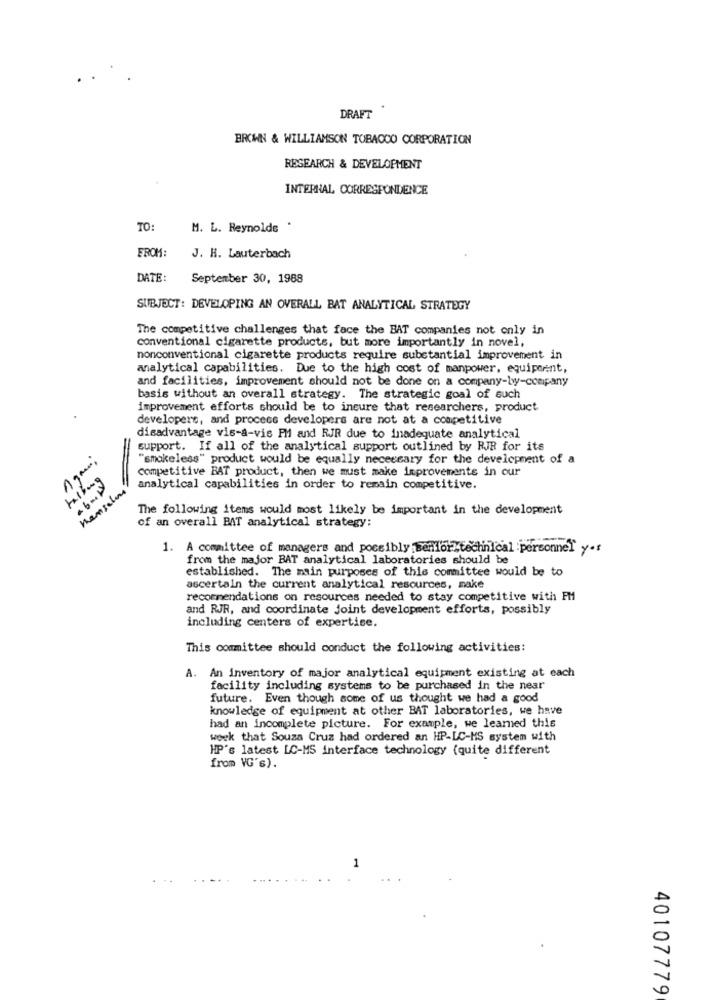
DRAFT
BROWN & WILLIAMSON TOBACCO CORPORATION
RESEARCH & DEVELOPMENT
INTERNAL CORRESPONDENCE
TO:
M. L. Reynolds
FROM:
J. H. Lauterbach
DATE:
September 30, 1988
SUBJECT: DEVELOPING AN OVERALL BAT ANALYTICAL STRATEGY
The competitive challenges that face the BAT companies not only in
conventional cigarette products, but more importantly in novel,
nonconventional cigarette products require substantial improvement in
analytical capabilities. Due to the high cost of manpower, equiporent,
and facilities, improvement should not be done on a company-by-company
basis without an overall strategy. The strategic goal of such
improvement efforts should be to insure that researchers, product
developers, and process developers are not at a competitive
disadvantage vis-à-vis PM and RJR due to inadequate analytical
support. If all of the analytical support outlined by RJR for its
"smokeless" product would be equally necessary for the development of a
competitive BAT product, then we must make improvements in our
Mansales
analytical capabilities in order to remain competitive.
The following items would most likely be important in the development
of an overall BAT analytical strategy:
1. A committee of managers and possibly Serfor technical personnel yes
from the major BAT analytical laboratories should be
established. The main purposes of this committee would be to
ascertain the current analytical resources, make
recommendations on resources needed to stay competitive with PM
and RJR, and coordinate joint development efforts, possibly
including centers of expertise.
This committee should conduct the following activities:
A. An inventory of major analytical equipment existing at each
facility including systems to be purchased in the near
future. Even though some of us thought we had a good
knowledge of equipment at other BAT laboratories, we have
had an incomplete picture. For example, we learned this
week that Souza Cruz had ordered an HP-LC-MS system with
HP's latest LC-MS interface technology (quite different
from VG's).
1
40107779